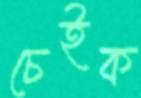
চেইক